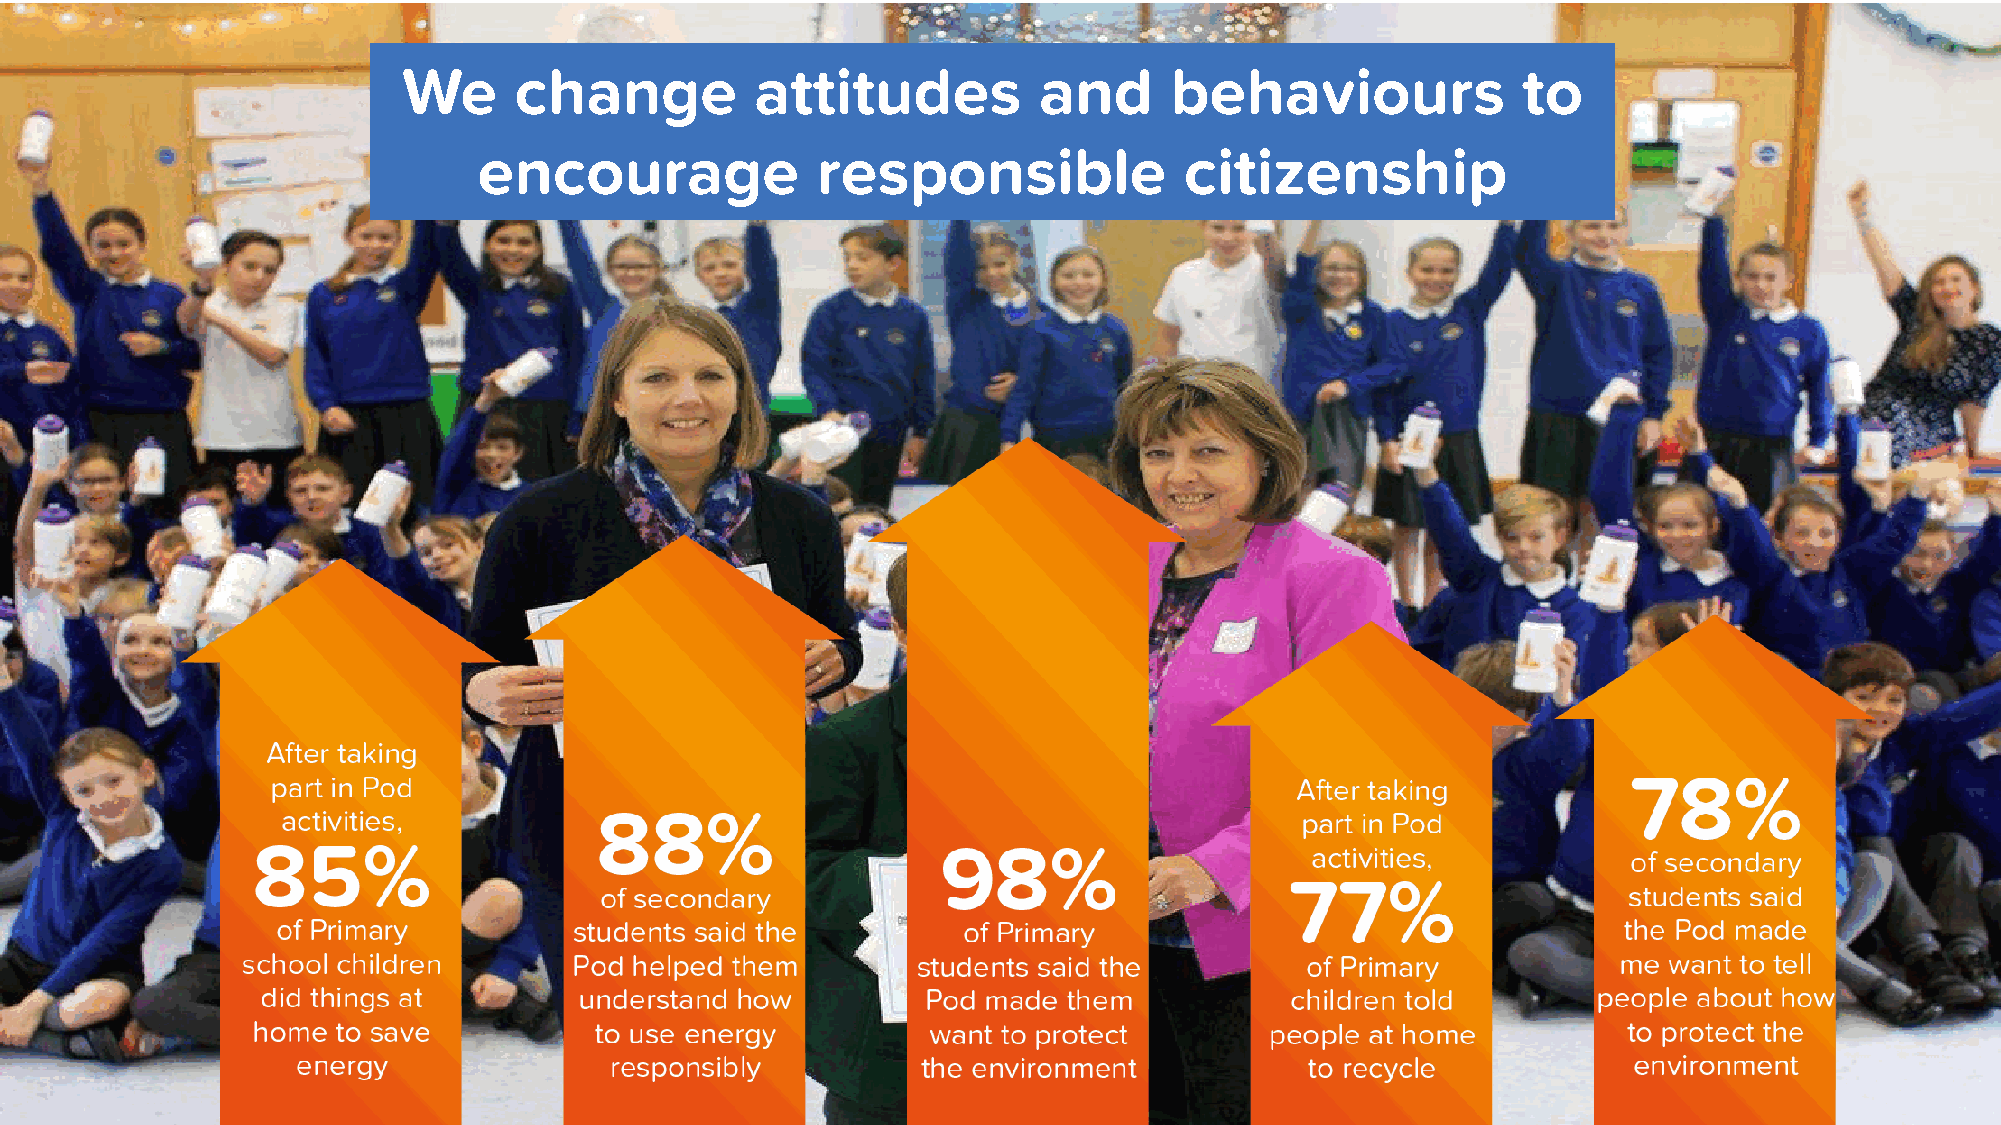
We     change          attitudes          and     behaviours              to
 encourage             responsible             citizenship
 Make a
 difference